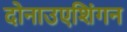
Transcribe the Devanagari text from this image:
दोनाउएशिंगन